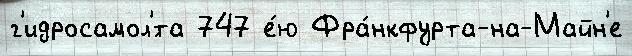
г'идросамол'́та 747 е́ю Фра́нкфурта-на-Майн'е